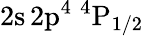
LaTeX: \mathrm{2s\, 2p^{4}~^{4}P_{1/2}}